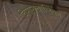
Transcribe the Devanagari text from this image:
विमानचालिका